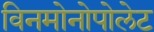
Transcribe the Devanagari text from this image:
विनमोनोपोलेट